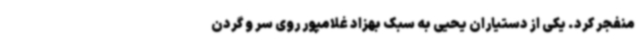
منفجر کرد. یکی از دستیاران یحیی به سبک بهزاد غلامپور روی سر و گردن